Note on the mental hospitals in Burma - 1925-1940
Year: 1925
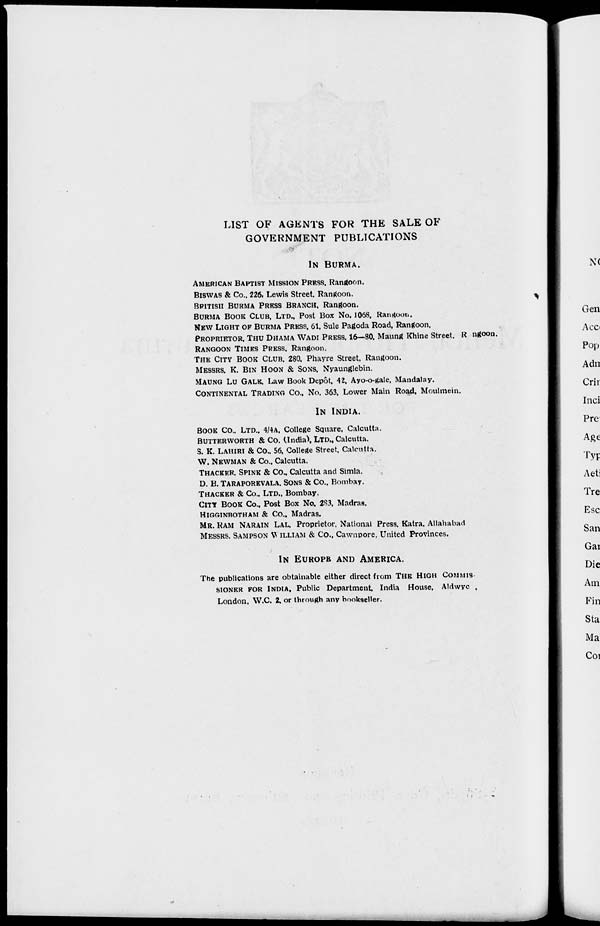
LIST OF AGENTS FOR THE SALE OF
GOVERNMENT PUBLICATIONS
IN BURMA.
AMERICAN BAPTIST MISSION PRESS, Rangoon.
BISWAS & Co., 226, Lewis Street, Rangoon.
BRITISH BURMA PRESS BRANCH, Rangoon.
BURMA BOOK CLUB, LTD., Post Box No. 1068, Rangoon.
NEW LIGHS OF BURMA PRESS, 61, Sule Pagoda Road, Rangoon.
PROPRIETOR, THU DHAMA WADI PRESS, 16—80, Maung Khine Street, Rangoon.
RANGOON TIMES PRESS, Rangoon.
THE CITY BOOK CLUB, 280, Phayre Street, Rangoon.
MESSRS. K. BIN HOON & SONS, Nyaunglebin.
MAUNG LU GALK, Law Book Depôt, 42, Ayo-o-gale, Mandalay.
CONTINENTAL TRADING CO., NO. 363, Lower Main Road, Moulmein.
IN INDIA.
BOOK Co., LTD.. 4/4A, College Square, Calcutta.
BUTTERWORTH & Co. (India), LTD., Calcutta.
S. K. LAHIRI & Co., 56, College Street, Calcutta.
W. NEWMAN & Co., Calcutta.
THACKER, SPINK & Co., Calcutta and Simla.
D. B. TARAPOREVALA, SONS & Co., Bombay.
THACKER & Co., LTD., Bombay.
CITY BOOK Co., Post Box No. 283, Madras.
HIGGINBOTHAM & Co., Madras.
MR. RAM NARAIN LAL, Proprietor, National Press, Katra, Allahabad
MESSRS. SAMPSON WILLIAM & Co., Cawnpore, United Provinces.
IN EUROPE AND AMERICA.
The publications are obtainable either direct from THE HIGH COMMIS-
SIONER FOR INDIA, Public Department, India House, Aldwych,
London, W.C. 2. or through any bookseller.